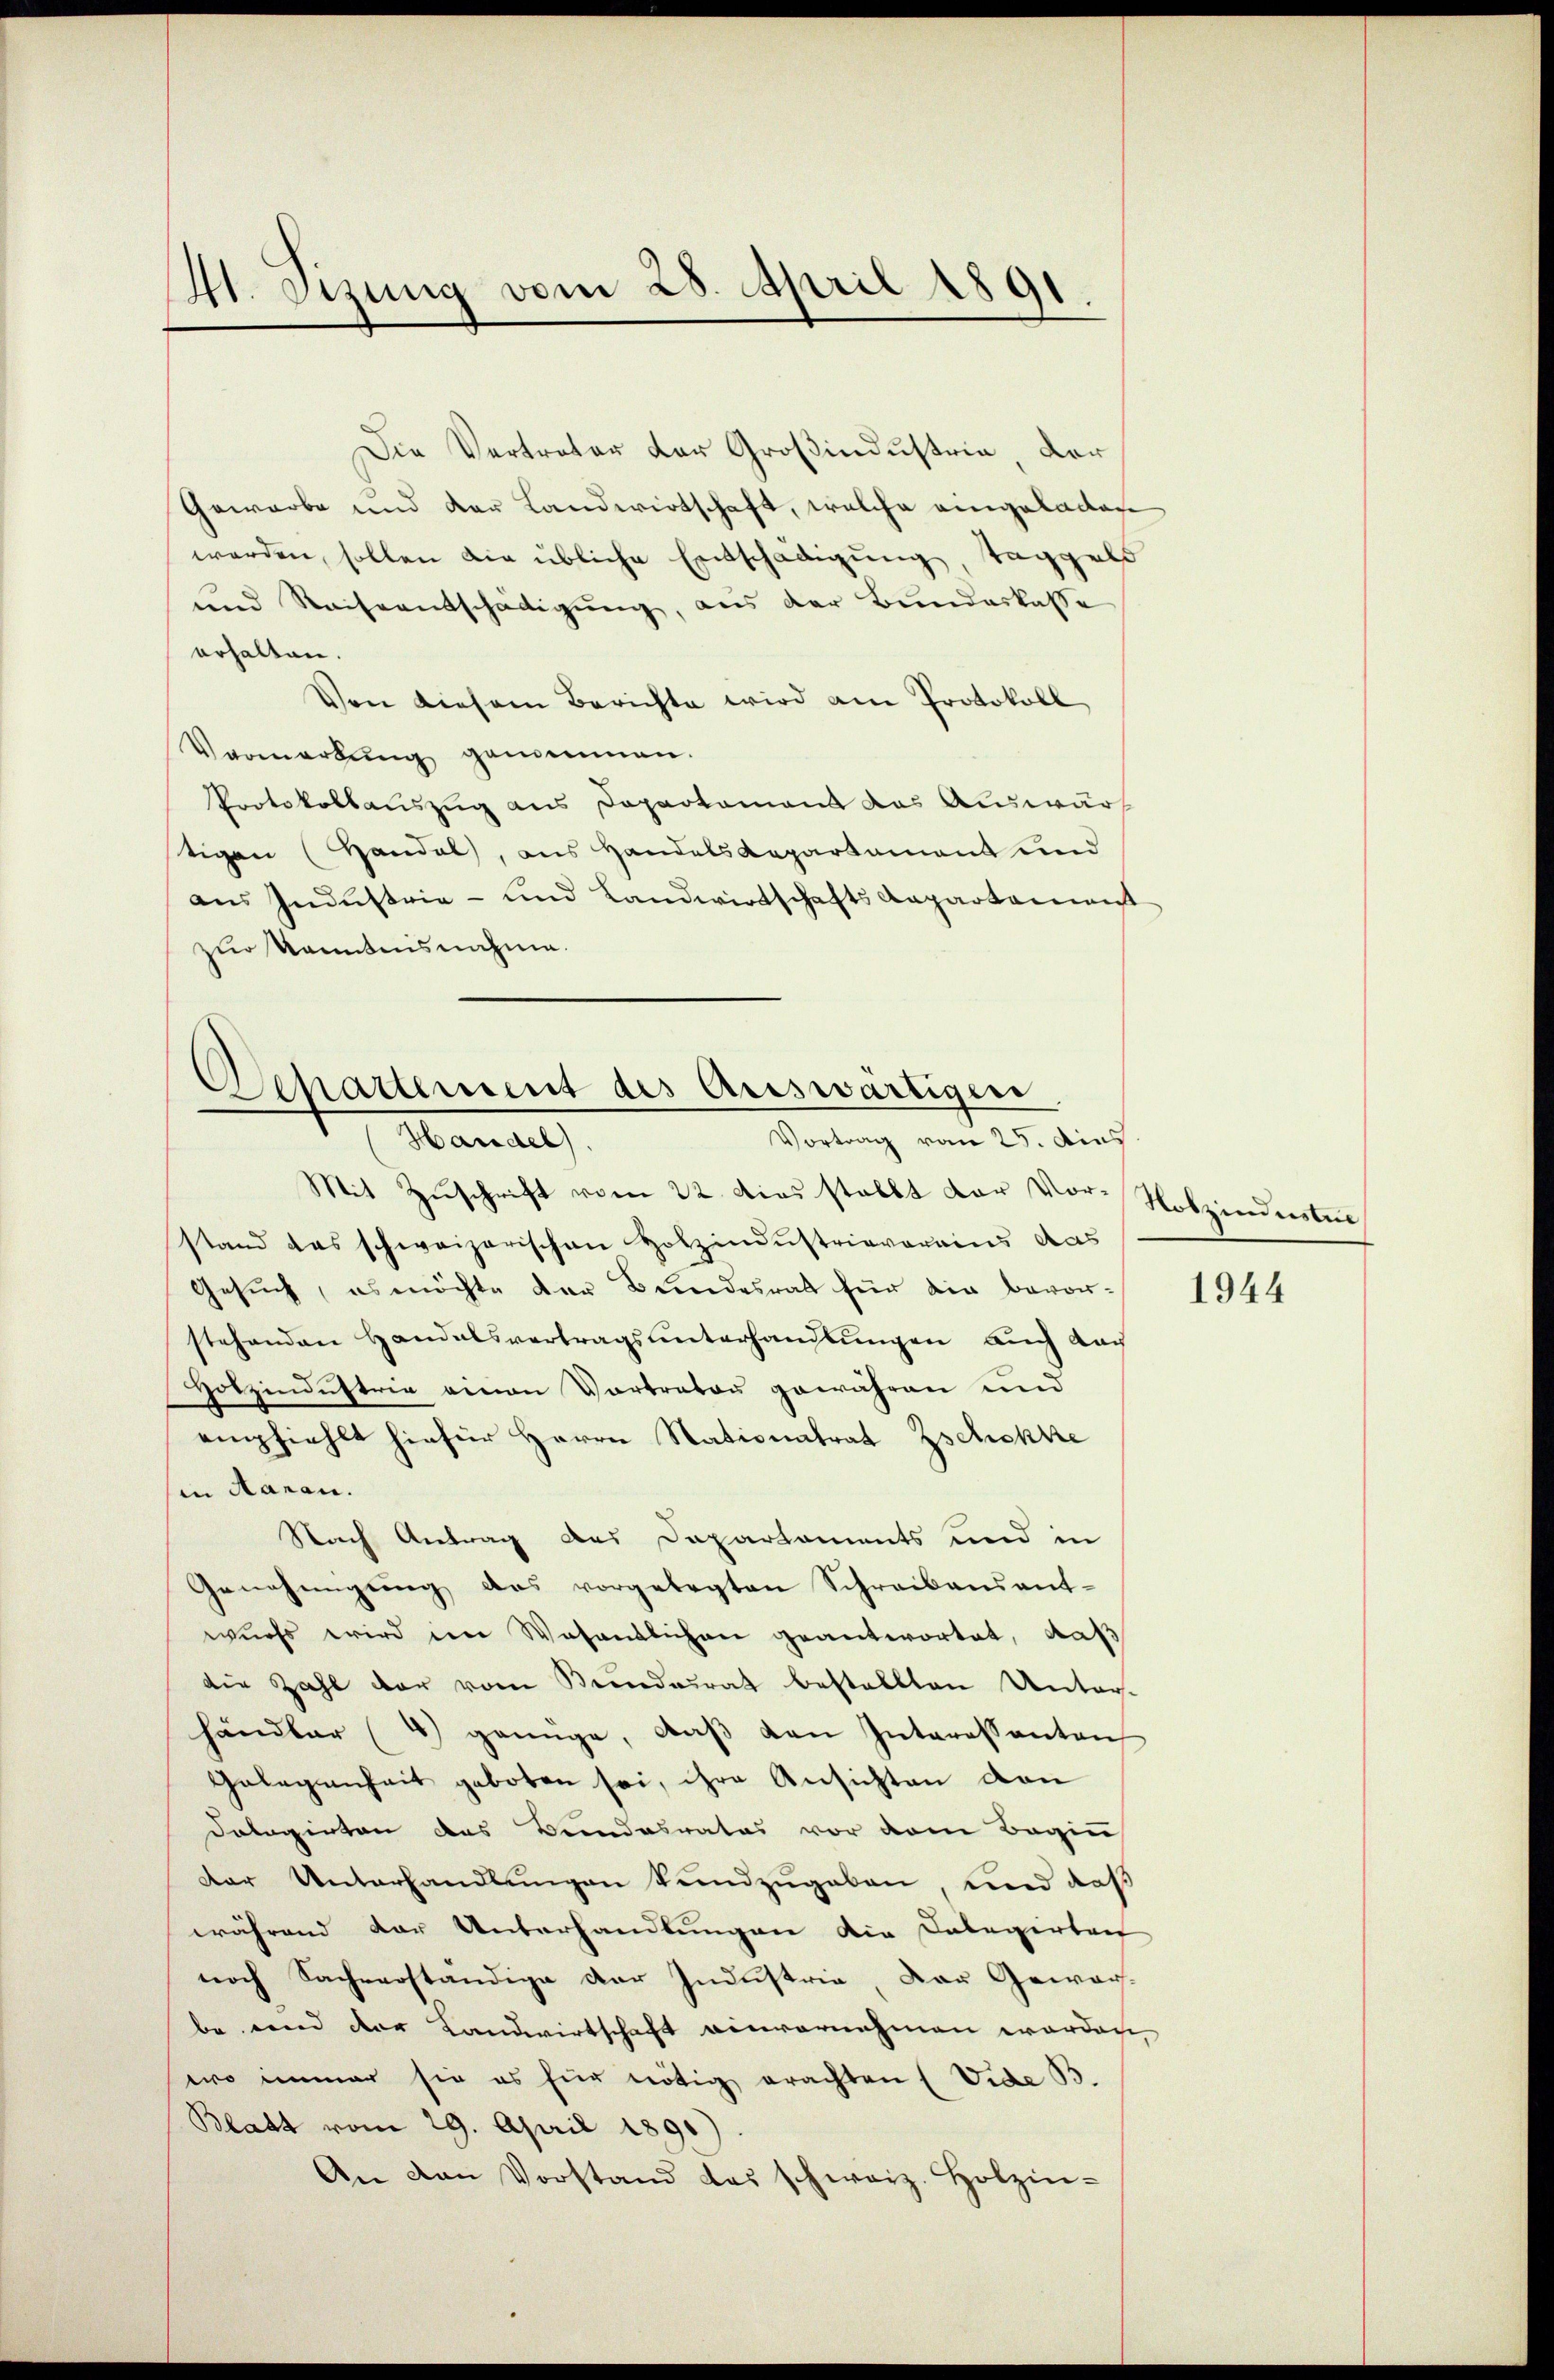
41. Setzung vom 28. April 1891.

Departement des Auswärtige
Manat
Vortrag vom 25. dies

Die Vertreter der Großindustrie der
Gewarbe und der Landwirtschaft, welche eingeladen
werden, sollen die übliche Entschädigung, Taggeld
und Reiseentschädigung, aus der Bunderkasse
erhalten.
Von diesem Berichte wird am Protokoll
Vormerkŭng genommen.
Protokollauszug aus Departement das Auswärt
tigen (Handel, aus Handels Repartement und
ans Industrie- und Landwirtschafts Repartament
zur kanntensnahme.

Mit Zuschrift vom 22. dies stellt der Vor-Nobzindisten
stand das schweizerischen Holzindustrieverains das
Gesuch, es möchte der Bundesrath für die bevorstehenden Handelsvertragsunterhandlungen auch nach
Hotzindustrie einen Vortrator gewähren und
empfiehlt hiefür Herrn Stationatrat Zschokke
in Aaran.
Nach Antrag des Departaments und in
Genehmigŭng des vorgelegten Schreibensant-
wurfs wird im Wesentlichen geantwortet, daß
die Zahl der vom Bundesrat bestellten Unter-
händler (4) genüge, daβ den Interessanten
Gelegenheit geboten sei, ihre Ansichten von
Dolagirten das Bundesrates vor dem Begin
der Unterhandlungen kundzugaben, und daß
während der Unterhandlungen die Colegirten
noch Sachverständige der Industria, der Gewär-
be, und der Landwirtschaft einvernehmen worden,
wo immer sie es für nötig erachten (Vide B
Blatt vom 29. April 1890)
An van Vorstand das schweiz. Holzin-

1944